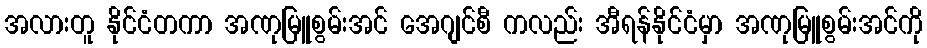
အလားတူ နိုင်ငံတကာ အဏုမြူစွမ်းအင် အေဂျင်စီ ကလည်း အီရန်နိုင်ငံမှာ အဏုမြူစွမ်းအင်ကို